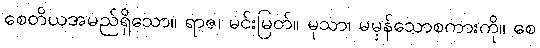
စေတိယအမည်ရှိသော။ ရာဇ၊ မင်းမြတ်။ မုသာ၊ မမှန်သောစကားကို။ စေ